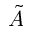
\tilde { A }